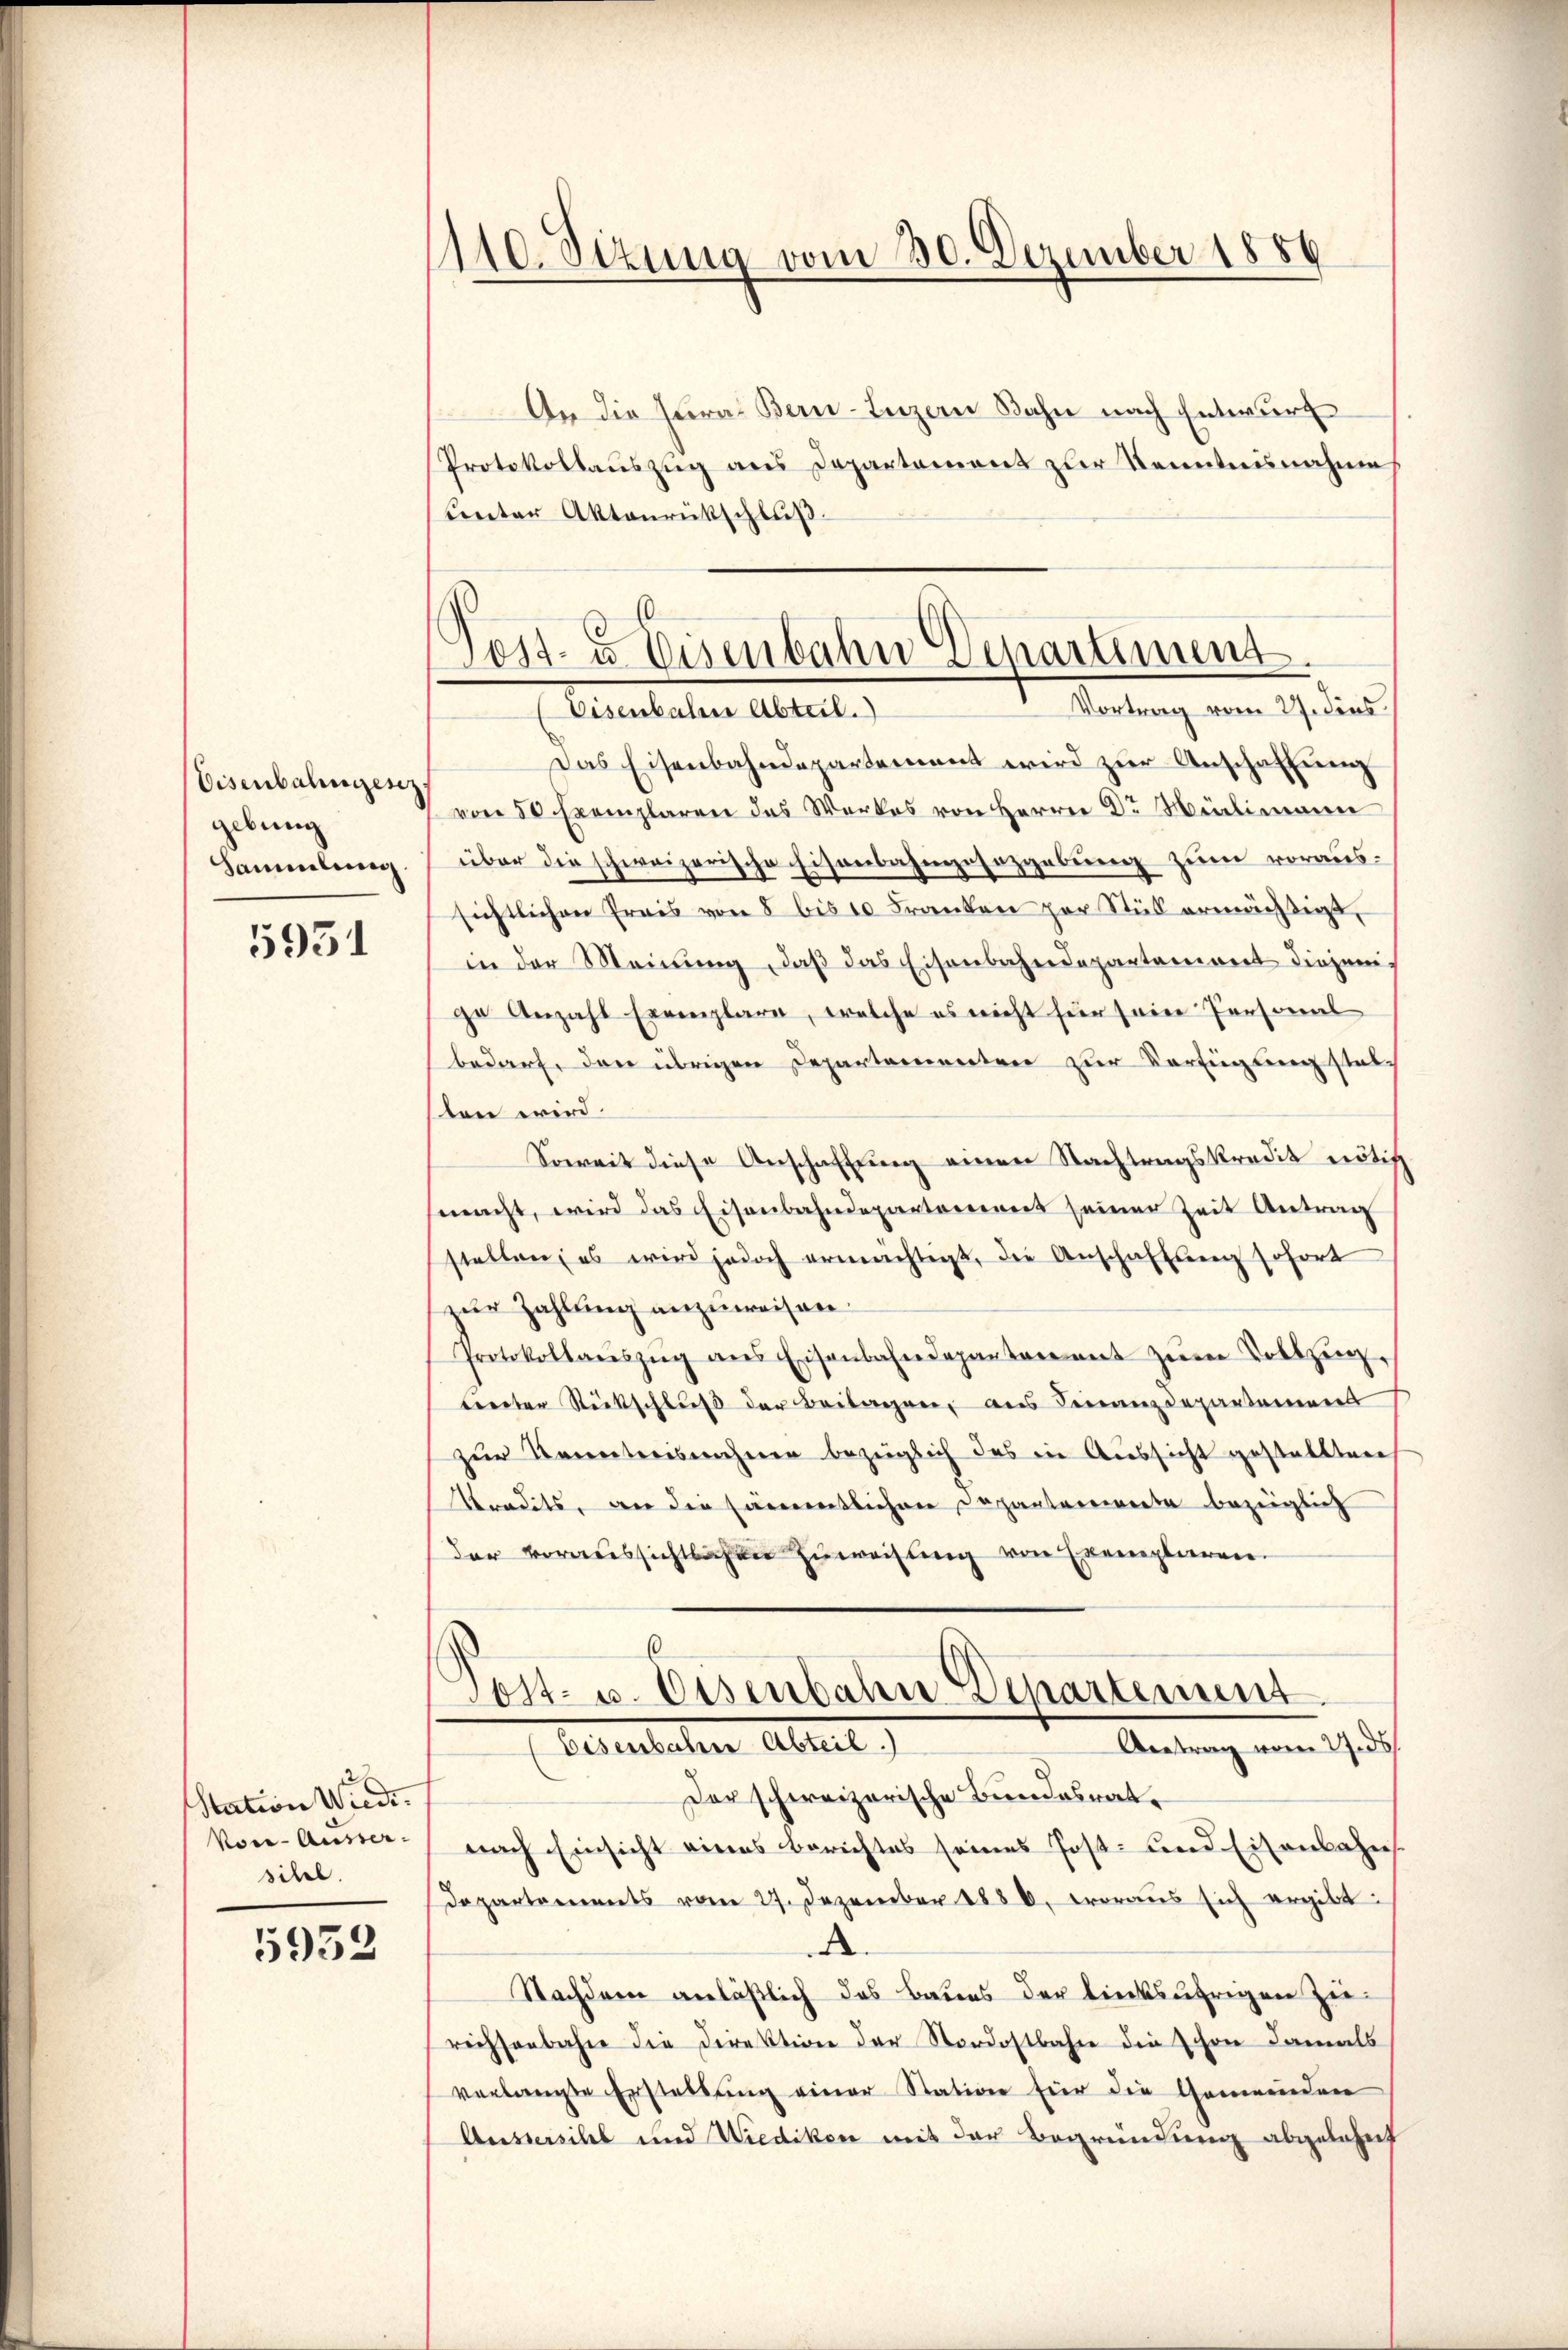
Eisenbahngese
gebung
Sammlung.

5951

Station Wiede
Voce-Ausser-
sitel.

5939

110. Sizung vom 30. Dezember 1886

Post. Eisenbahn Departement.
Vortrag vom 27. dies

An die Curat Bern-Luzern Bahn nach Entwurf
Protokollauszug aus Departement zur Kenntnisnahme
unter Aktenrückschluß
(Eisenbahne Abteil.
Das Eisenbahndepartement wird zur Anschaffung
von 50 Exemplaren des Werkes von Herrn Dr Melimann
über die schweizerische Eisenbahngesezgebung zum voraussichtlichen Preis von 8 bis 10 Franken per Stus ermächtigt,
in der Meinŭng, daβ das Eisenbahndepartaniert diejenige Anzahl Exemplare, welche es nicht für sein Personal
bedarf, den übrigen Departementen zur Verfügung statth
sten wird.
Soweit diese Anschaffung einen Nachtragskredit nötig
fmacht, wird das Eisenbahndepartement seiner Zeit Antrag
stellen; es wird jedoch ermächtigt, die Anschaftung sofort
ner Zahlung anzuweisen
Protokollaŭszŭg ans Eisenbahndepantenant zŭm Vollzŭg.
tenter Stückschluß der Beilagen, aus Finanzdepartamens
zur Kenntensnahme bezüglich das in Aussicht gestallten
Kondits, der die sämmentlichen Depanterwerte bezüglich
Der voraussichtlichen Zuweisung von Exemplaren.
6
10st. u. Eisenbahn Departement
Leuenbuchen Abteil
Antrag vom 27. ds.
Der schweizerische Bundesrat
nach Einsicht eines Berichtes seines Post- und Eisenbahns
Departements vom 27. Dezember 1886, woraus sich ergibt:
.
Nachdem anläßlich das Baues der linksufrigen zierechsenbahn die Direktion der Nordostbahn die schon damals
verlangte Erstellung einer Station für die Gemeinden
Aussersihl und Wiedikon mit der Begründung abgelehnt